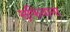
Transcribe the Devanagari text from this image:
सुफियाना